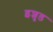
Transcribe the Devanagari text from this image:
इशुड